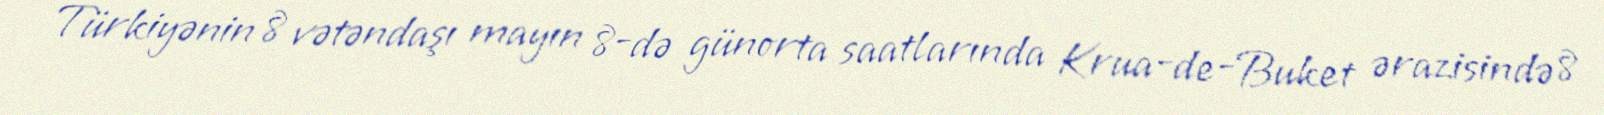
Türkiyənin 8 vətəndaşı mayın 8-də günorta saatlarında Krua-de-Buket ərazisində 8